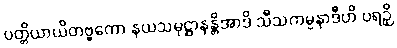
ပတ္တိယာယိတဗ္ဗကော နယသမုဋ္ဌာနန္တိအာဒိ သီသကမ္ပနာဒီဟိ ပရဉှိ